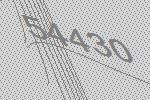
54430